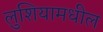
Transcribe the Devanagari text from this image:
लुशियामधील